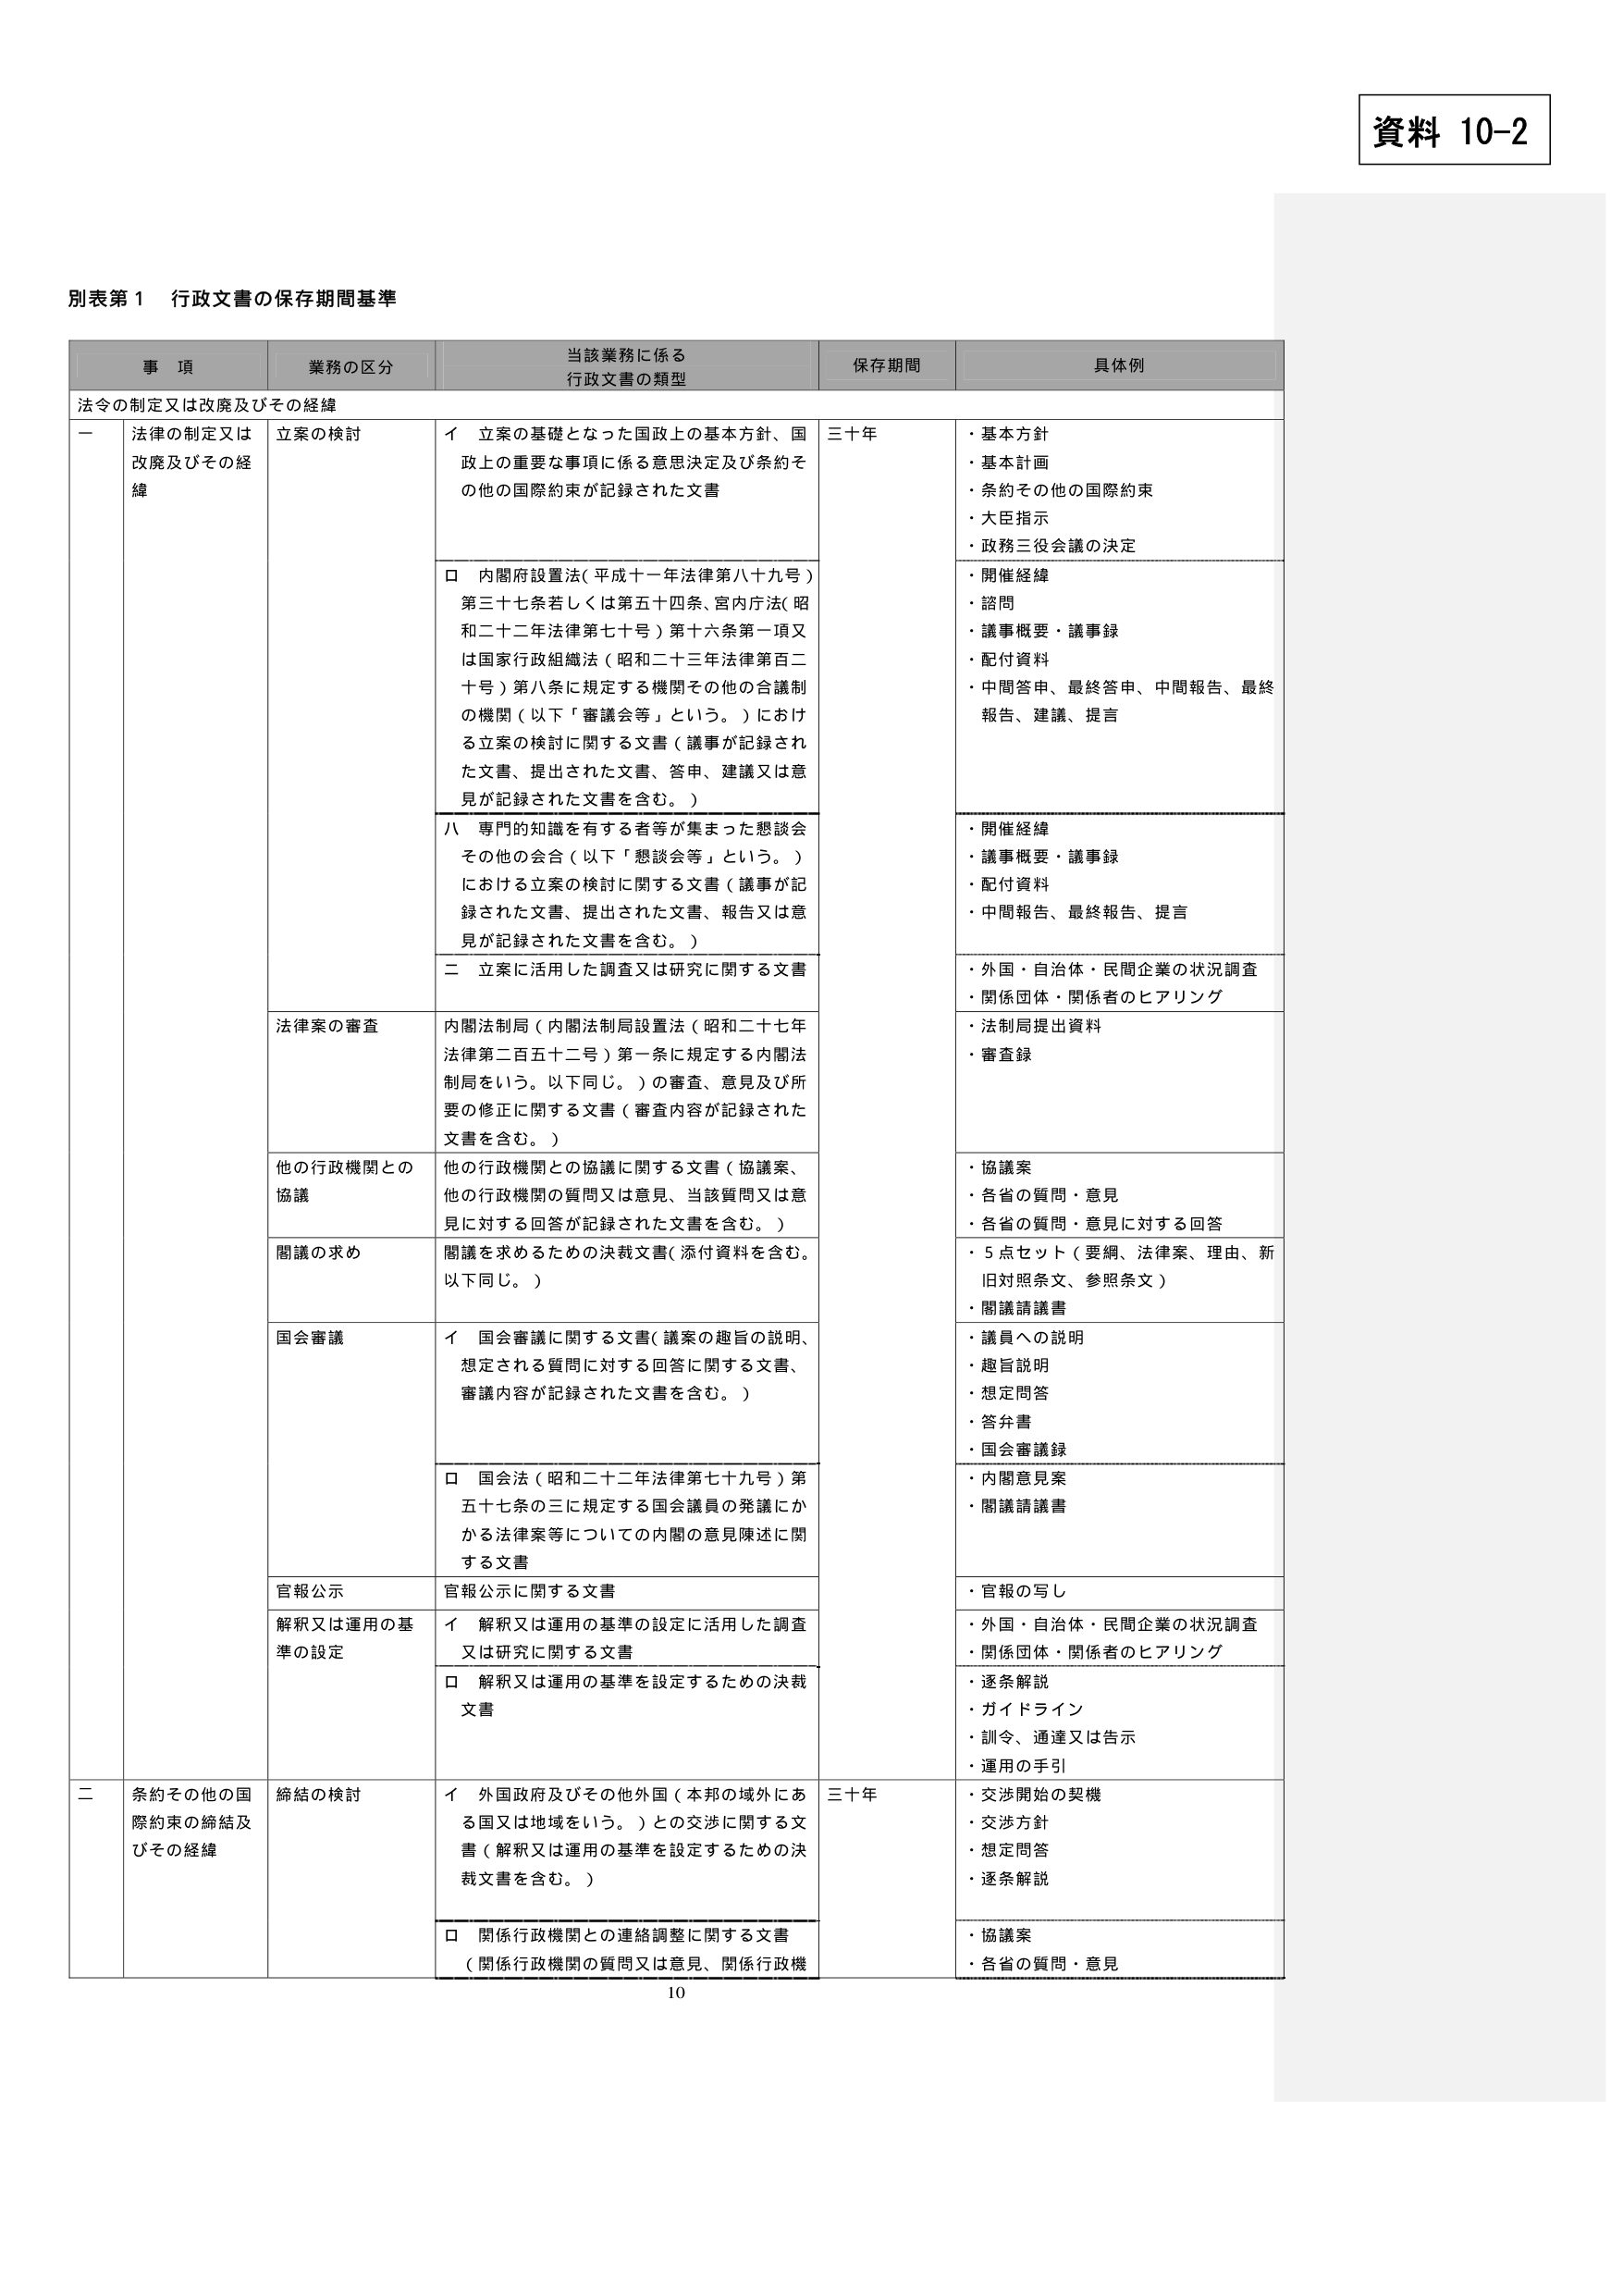
資料 10-2

別表第１ 行政文書の保存期間基準

事項 業務の区分 当該業務に係る行政文書の類型 保存期間 具体例

法令の制定又は改廃及びその経緯

一 法律の制定又は改廃及びその経緯 立案の検討 イ 立案の基礎となった国政上の基本方針、国政上の重要な事項に係る意思決定及び条約その他の国際約束が記録された文書 三十年 ・基本方針 ・基本計画 ・条約その他の国際約束 ・大臣指示 ・政務三役会議の決定

ロ 内閣府設置法（平成十一年法律第八十九号）第三十七条若しくは第五十四条、宮内庁法（昭和二十二年法律第七十号）第十六条第一項又は国家行政組織法（昭和二十三年法律第百二十号）第八条に規定する機関その他の合議制の機関（以下「審議会等」という。）における立案の検討に関する文書（議事が記録された文書、提出された文書、答申、建議又は意見が記録された文書を含む。） ・開催経緯 ・諮問 ・議事概要・議事録 ・配付資料 ・中間答申、最終答申、中間報告、最終報告、建議、提言

ハ 専門的知識を有する者等が集まった懇談会その他の会合（以下「懇談会等」という。）における立案の検討に関する文書（議事が記録された文書、提出された文書、報告又は意見が記録された文書を含む。） ・開催経緯 ・議事概要・議事録 ・配付資料 ・中間報告、最終報告、提言

二 立案に活用した調査又は研究に関する文書 ・外国・自治体・民間企業の状況調査 ・関係団体・関係者のヒアリング

法律案の審査 内閣法制局（内閣法制局設置法（昭和二十七年法律第二百五十二号）第一条に規定する内閣法制局をいう。以下同じ。）の審査、意見及び所要の修正に関する文書（審査内容が記録された文書を含む。） ・法制局提出資料 ・審査録

他の行政機関との協議 他の行政機関との協議に関する文書（協議案、他の行政機関の質問又は意見、当該質問又は意見に対する回答が記録された文書を含む。） ・協議案 ・各省の質問・意見 ・各省の質問・意見に対する回答

閣議の求め 閣議を求めるための決裁文書（添付資料を含む。以下同じ。） ・5点セット（要綱、法律案、理由、新旧対照条文、参照条文） ・閣議請議書

国会審議 イ 国会審議に関する文書（議案の趣旨の説明、想定される質問に対する回答に関する文書、審議内容が記録された文書を含む。） ・議員への説明 ・趣旨説明 ・想定問答 ・答弁書 ・国会審議録

ロ 国会法（昭和二十二年法律第七十九号）第五十七条の三に規定する国会議員の発議にかかる法律案等についての内閣の意見陳述に関する文書 ・内閣意見案 ・閣議請議書

官報公示 官報公示に関する文書 ・官報の写し

解釈又は運用の基準の設定 イ 解釈又は運用の基準の設定に活用した調査又は研究に関する文書 ・外国・自治体・民間企業の状況調査 ・関係団体・関係者のヒアリング

ロ 解釈又は運用の基準を設定するための決裁文書 ・逐条解説 ・ガイドライン ・訓令、通達又は告示 ・運用の手引

二 条約その他の国際約束の締結及びその経緯 締結の検討 イ 外国政府及びその他外国（本邦の域外にある国又は地域をいう。）との交渉に関する文書（解釈又は運用の基準を設定するための決裁文書を含む。） 三十年 ・交渉開始の契機 ・交渉方針 ・想定問答 ・逐条解説

ロ 関係行政機関との連絡調整に関する文書（関係行政機関の質問又は意見、関係行政機関 ・協議案 ・各省の質問・意見

10